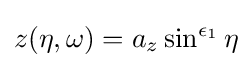
z(\eta ,\omega )=a_{z}\sin ^{\epsilon _{1}}\eta